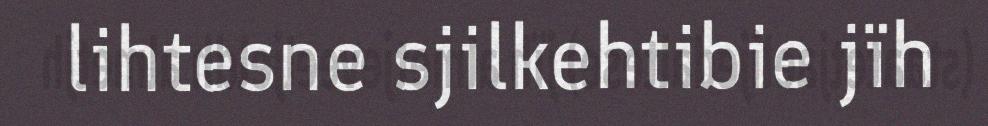
lihtesne sjilkehtibie jïh